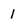
Character: 1